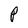
Character: P